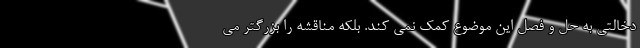
دخالتی به حل و فصل این موضوع کمک نمی کند. بلکه مناقشه را بزرگتر می